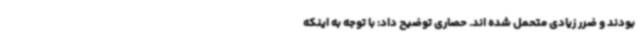
بودند و ضرر زیادی متحمل شده اند. حصاری توضیح داد: با توجه به اینکه